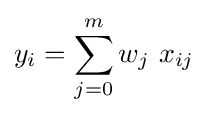
y_{i}=\sum _{j=0}^{m}w_{j}\ x_{ij}